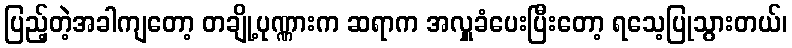
ပြည့်တဲ့အခါကျတော့ တချို့ပုဏ္ဏားက ဆရာက အလှူခံပေးပြီးတော့ ရသေ့ပြုသွားတယ်၊